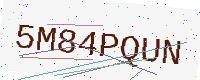
Text: 5M84PQUN